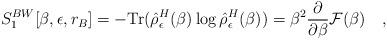
LaTeX: \begin{align*}S_1^{BW}[\beta,\epsilon,r_B]=-\mbox{Tr}(\hat{\rho}^H_\epsilon( \beta)\log\hat{\rho}^H_\epsilon(\beta))=\beta^2{\partial \over \partial \beta}{\cal F}(\beta)~~~,\end{align*}